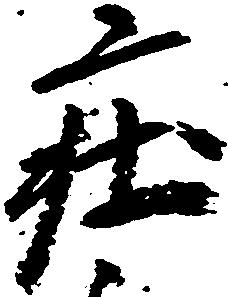
庄